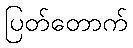
ပြတ်တောက်